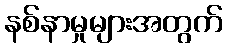
နစ်နာမှုများအတွက်